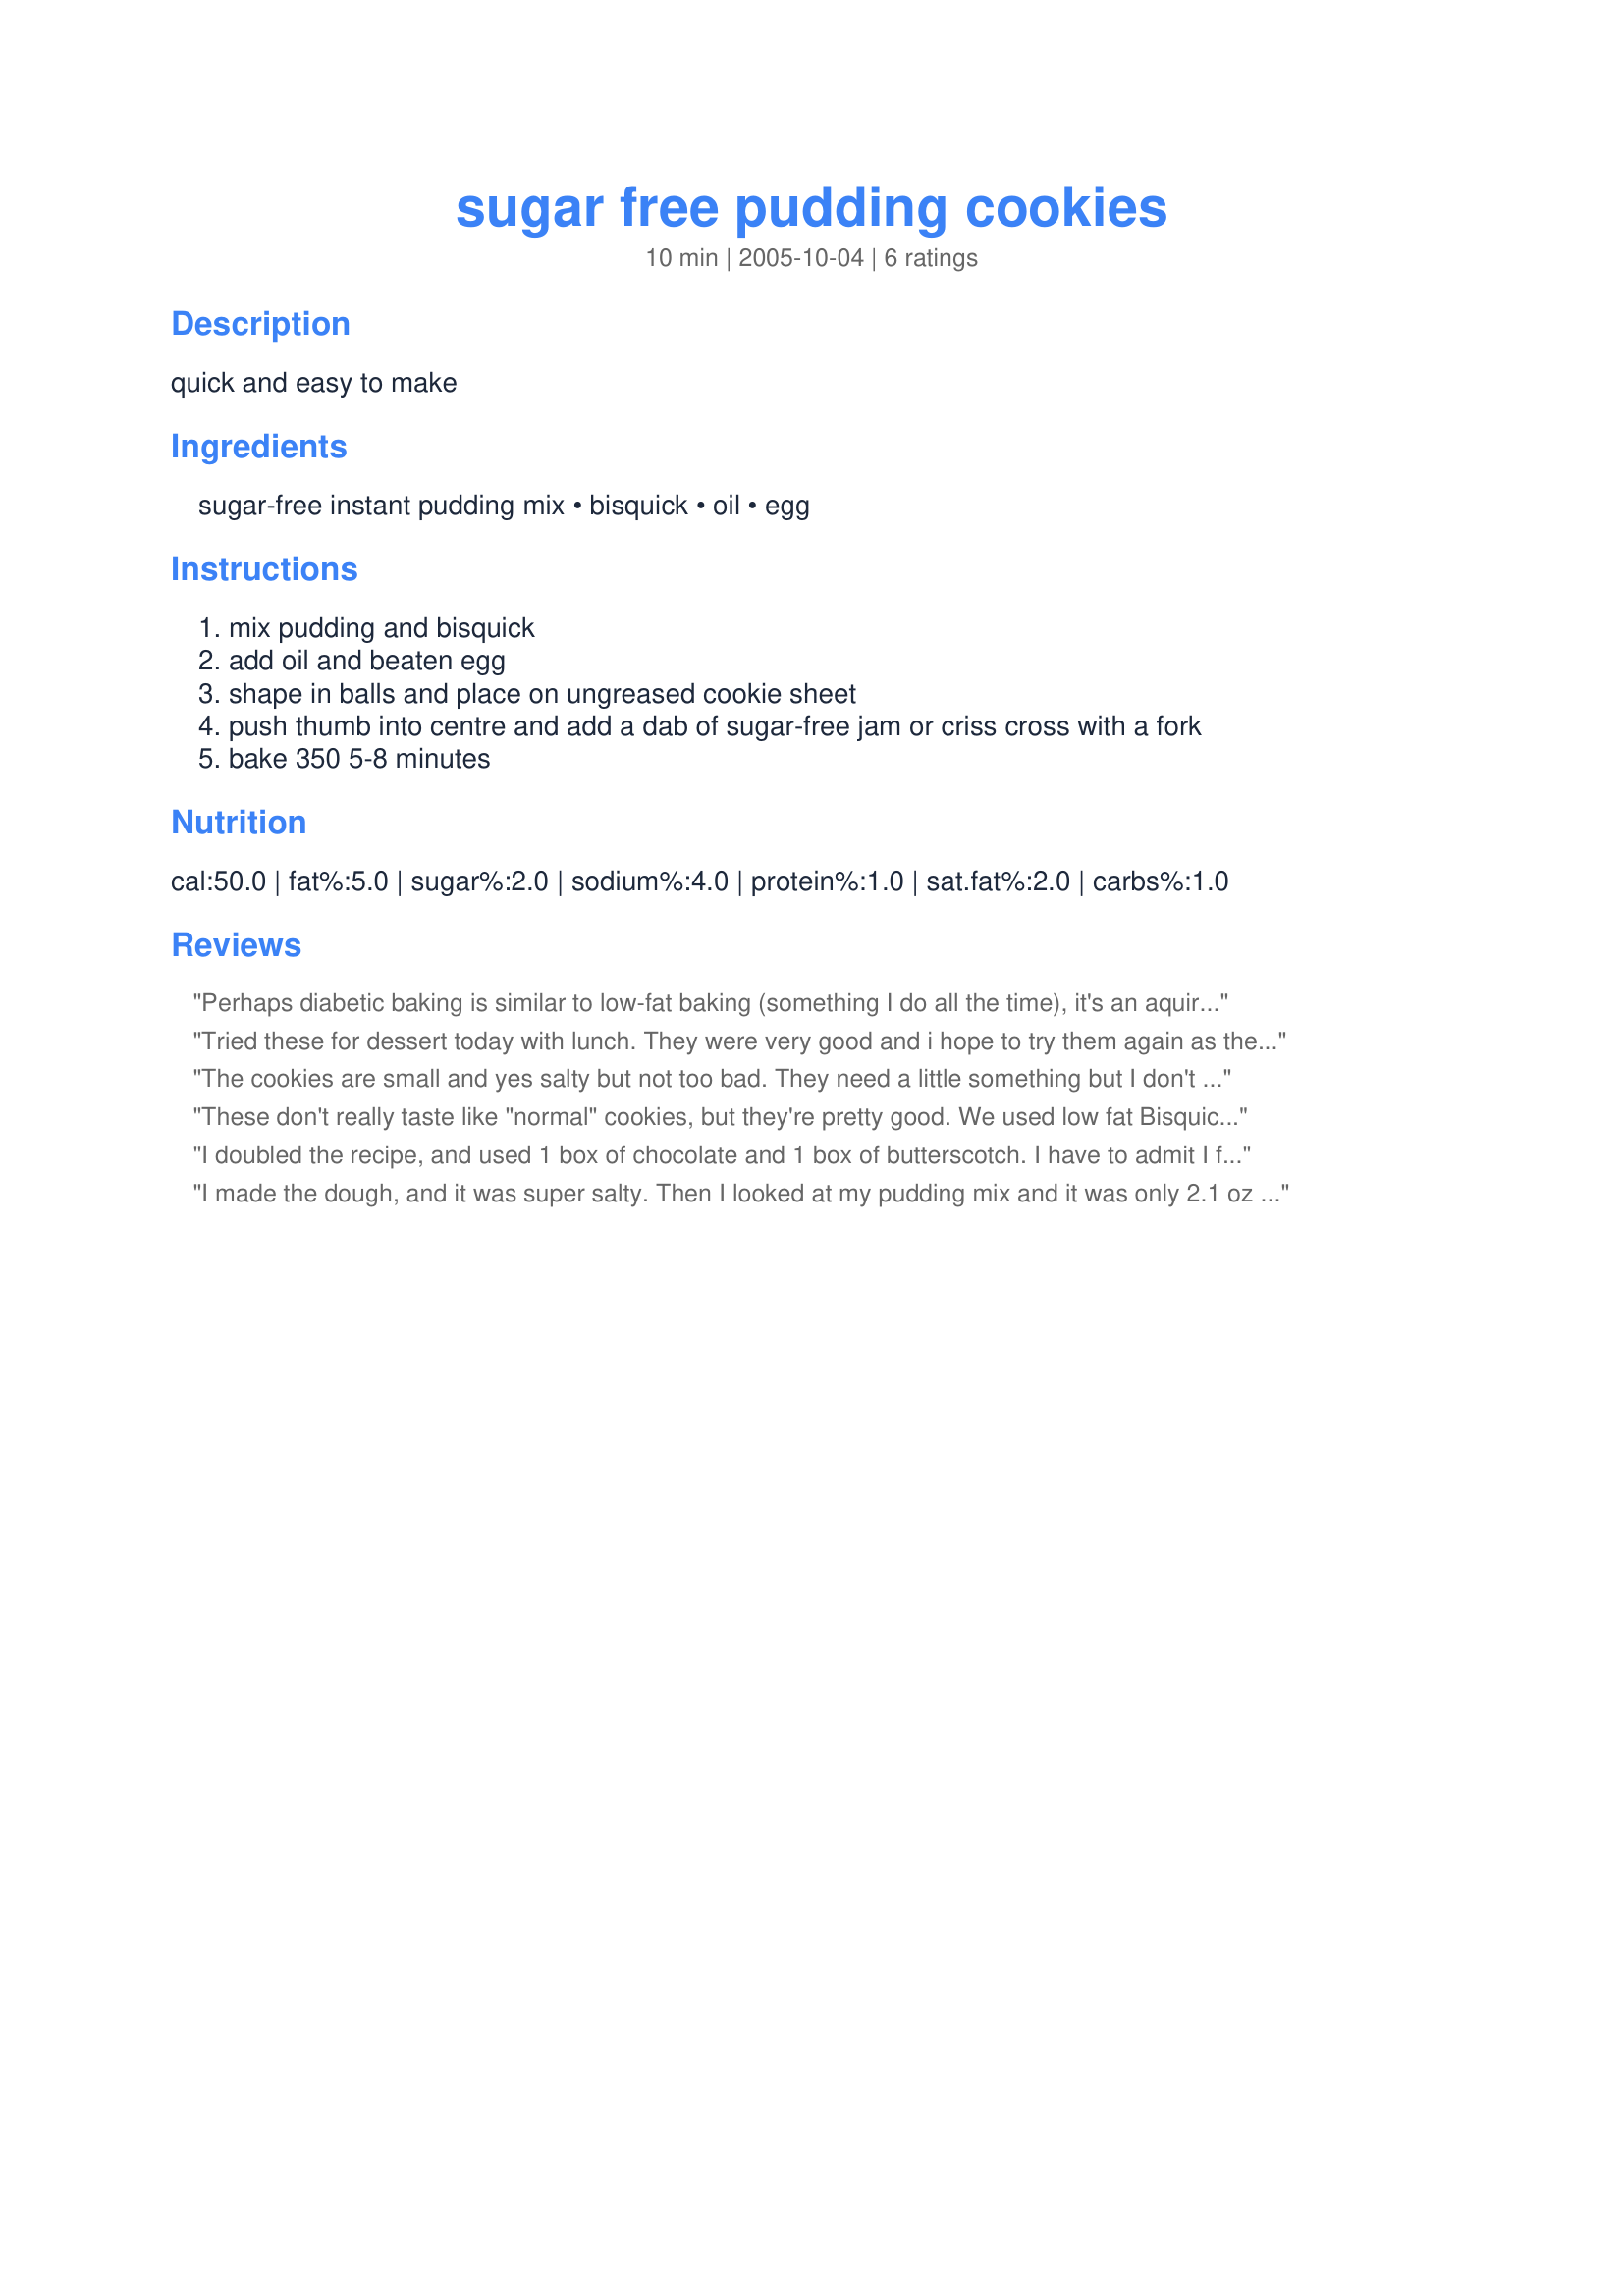
sugar free pudding cookies
Preparation time: 10 minutes

quick and easy to make

Ingredients:
sugar-free instant pudding mix, bisquick, oil, egg

Steps:
mix pudding and bisquick
add oil and beaten egg
shape in balls and place on ungreased cookie sheet
push thumb into centre and add a dab of sugar-free jam or criss cross with a fork
bake 350 5-8 minutes

Reviews:
Perhaps diabetic baking is similar to low-fat baking (something I do all the time), it's an aquired taste. In any event, I've been in search of recipes to prepare suitable trays for colleagues with diabetes and borderlines and thought I would give this a try. I used banana cream sugar-free pudding and my cookies tasted like salty biscuit dough with a hint of banana. Perhaps a little Splenda would have helped. Or maybe a more strongly flavored pudding like chocolate would have worked better. Sorry for the bummer review.
Tried these for dessert today with lunch. They were very good and i hope to try them again as they were very tasty and easy to make.

Thanks once again for a wonderful recipe.
The cookies are small and yes salty but not too bad. They need a little something but I don't know what !?!?!? Maybe splenda like the other post suggested.
These don't really taste like "normal" cookies, but they're pretty good. We used low fat Bisquick, pistachio pudding and added a little bit of jelly to the top. I did think they were a little salty. But my 3 year old LOVED these things and kept asking me if we could make them again (also they are so easy to make, so a good one for kids to help with).
I doubled the recipe, and used 1 box of chocolate and 1 box of butterscotch. I have to admit I forgot to do the criss-cross, and was wondering why they didn't flatten out! But the little balls still taste great! I think you need a strong pudding flavor with this. I'm thinking about trying lemon, and then using lemon curd in the thumbprint.
I made the dough, and it was super salty. Then I looked at my pudding mix and it was only 2.1 oz (chocolate), so I pulled out another one (vanilla--I was out of chocolate) and it was 1.5 oz. So I just added the whole thing, figuring that hopefully the extra amount would lesson the saltiness... But then the dough was too dry, so I added a little milk to it. It was STILL very salty, so I added some Splenda, which made it edible...
I think this recipe has potential... but I don't know if bisquick is the best shortcut, due to the salt content. Also, be sure to check the oz. of your pudding mix! I would rate the cookies 2 stars the way they ended up, but since I changed it so much I didn't star it.
